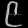
Digit: ၉